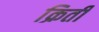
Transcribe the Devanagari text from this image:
क्रिती